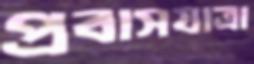
প্রবাসযাত্রা